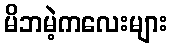
မိဘမဲ့ကလေးများ